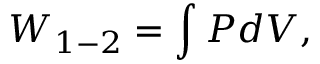
W _ { 1 - 2 } = \int P d V ,